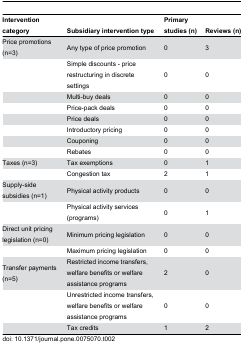
<table><thead><tr><td><b>Intervention category</b></td><td><b>Subsidiary intervention type</b></td><td><b>Primary studies (n)</b></td><td><b>Reviews (n)</b></td></tr></thead><tbody><tr><td>Price promotions (n=3)</td><td>Any type of price promotion</td><td>0</td><td>3</td></tr><tr><td>[EMPTY_CELL]</td><td>Simple discounts - price restructuring in discrete settings</td><td>0</td><td>0</td></tr><tr><td>[EMPTY_CELL]</td><td>Multi-buy deals</td><td>0</td><td>0</td></tr><tr><td>[EMPTY_CELL]</td><td>Price-pack deals</td><td>0</td><td>0</td></tr><tr><td>[EMPTY_CELL]</td><td>Price deals</td><td>0</td><td>0</td></tr><tr><td>[EMPTY_CELL]</td><td>Introductory pricing </td><td>0</td><td>0</td></tr><tr><td>[EMPTY_CELL]</td><td>Couponing</td><td>0</td><td>0</td></tr><tr><td>[EMPTY_CELL]</td><td>Rebates</td><td>0</td><td>0</td></tr><tr><td>Taxes (n=3)</td><td>Tax exemptions</td><td>0</td><td>1</td></tr><tr><td>[EMPTY_CELL]</td><td>Congestion tax </td><td>2</td><td>1</td></tr><tr><td>Supply-side subsidies (n=1)</td><td>Physical activity products</td><td>0</td><td>0</td></tr><tr><td>[EMPTY_CELL]</td><td>Physical activity services (programs)</td><td>0</td><td>1</td></tr><tr><td>Direct unit pricing legislation (n=0)</td><td>Minimum pricing legislation</td><td>0</td><td>0</td></tr><tr><td>[EMPTY_CELL]</td><td>Maximum pricing legislation</td><td>0</td><td>0</td></tr><tr><td>Transfer payments (n=5)</td><td>Restricted income transfers, welfare benefits or welfare assistance programs</td><td>2</td><td>0</td></tr><tr><td>[EMPTY_CELL]</td><td>Unrestricted income transfers, welfare benefits or welfare assistance programs</td><td>0</td><td>0</td></tr><tr><td>[EMPTY_CELL]</td><td>Tax credits</td><td>1</td><td>2</td></tr></tbody></table>